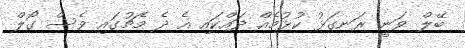
ބޭލް ވަނީ ރަނގަޅު ކުޅުމެއް ދައްކައި އެ ދެ މެޗުގައި ވެސް ގޯލް